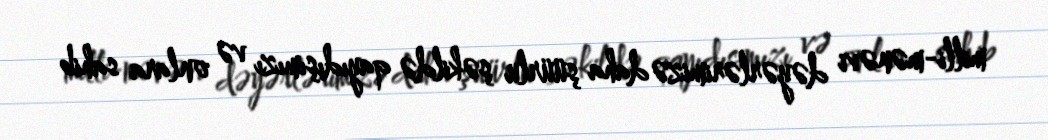
milli-mənəvi dəyərlərimizə daha şüürlu şəkildə qayıdışımızı və onlara sahib